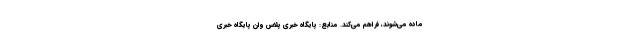
ماده می‌شوند، فراهم می‌کند. منابع: پایگاه خبری پلاس وان پایگاه خبری